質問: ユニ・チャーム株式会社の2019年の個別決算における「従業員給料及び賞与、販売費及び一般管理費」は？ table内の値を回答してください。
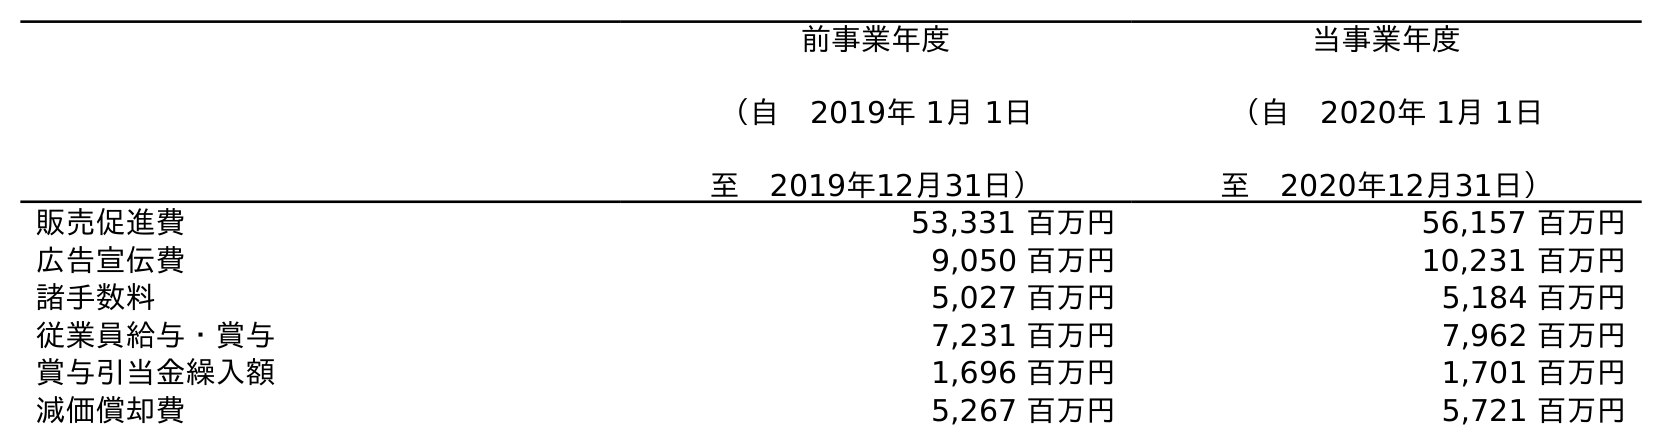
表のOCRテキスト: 前事業年度 （自 2019年 1月 1日 至 2019年12月31日） 当事業年度 （自 2020年 1月 1日 至 2020年12月31日） 販売促進費 53,331 百万円 56,157 百万円 広告宣伝費 9,050 百万円 10,231 百万円 諸手数料 5,027 百万円 5,184 百万円 従業員給与・賞与 7,231 百万円 7,962 百万円 賞与引当金繰入額 1,696 百万円 1,701 百万円 減価償却費 5,267 百万円 5,721 百万円
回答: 7,231百万円